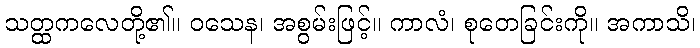
သတ္ထကလေတို့၏။ ဝသေန၊ အစွမ်းဖြင့်။ ကာလံ၊ စုတေခြင်းကို။ အကာသိ၊